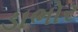
ડાભોર